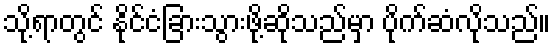
သို့ရာတွင် နိုင်ငံခြားသွားဖို့ဆိုသည်မှာ ပိုက်ဆံလိုသည်။